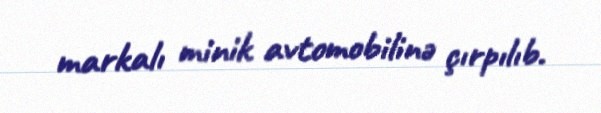
markalı minik avtomobilinə çırpılıb.